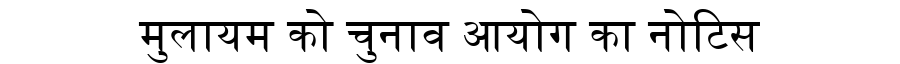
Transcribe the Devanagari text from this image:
मुलायम को चुनाव आयोग का नोटिस